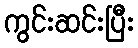
ကွင်းဆင်းပြီး